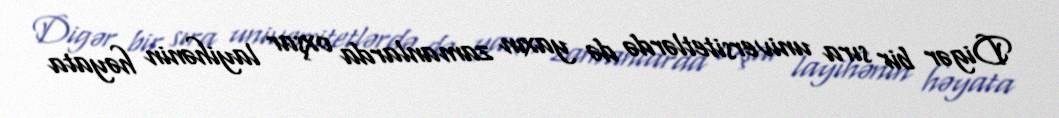
Digər bir sıra universitetlərdə də yaxın zamanlarda oxşar layihənin həyata